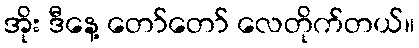
အိုး ဒီနေ့ တော်တော် လေတိုက်တယ်။